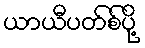
ယာယီပတ်စ်ပို့